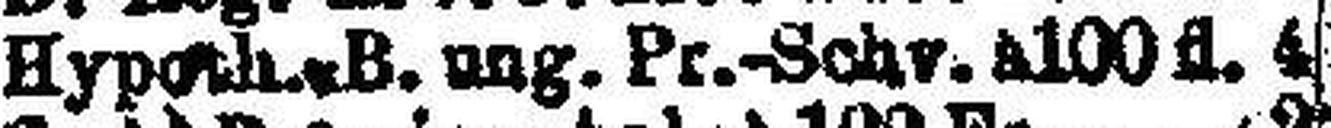
Hyp. h. B. ung. Pr.-Schv. à 100 fl. 4